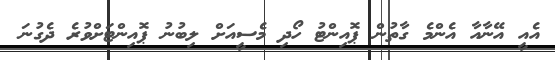
އެއީ އޭނާއާ އެންމެ ގާތުން ޕޮއިންޓު ހޯދި މެސީއަށް ލިބުނު ޕޮއިންޓަށްވުރެ ދެގުނަ